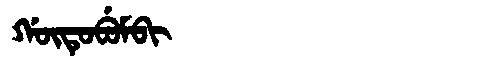
Manchu: ᡤᡡᡨᡠᠪᡠᠮᠪᡳ
Romanization: GŪTUBUMBI